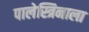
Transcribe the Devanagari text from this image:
पालेस्त्रिनाला